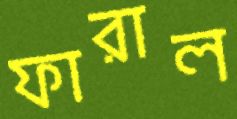
ফারাল